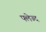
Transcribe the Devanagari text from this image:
फ्लेज्द